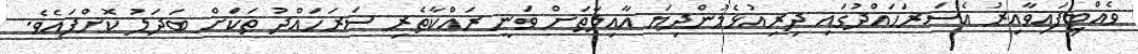
ވެއްޓިފައިވާއިރު އެސަރަހައްދުގައި ދިރިއުޅެމުންދިޔަ އާއިލާތަށް ވަނީ ރައްކާތެރި ސަރަހައްދު ތަކަށް ބަދަލު ކޮށްފައެވެ.